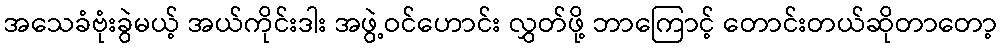
အသေခံဗုံးခွဲမယ့် အယ်ကိုင်းဒါး အဖွဲ့ဝင်ဟောင်း လွှတ်ဖို့ ဘာကြောင့် တောင်းတယ်ဆိုတာတော့